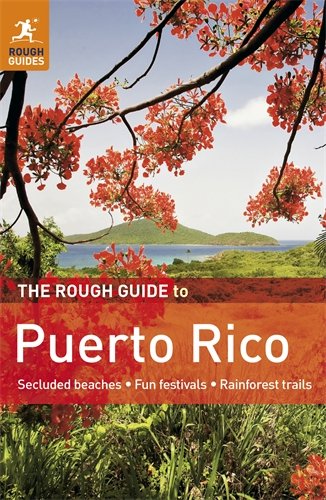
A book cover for The Rough Guide to Puerto Rico; Stephen Keeling; Travel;